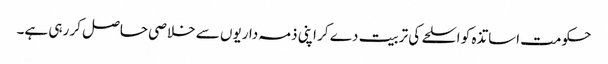
حکومت اساتذہ کو اسلحے کی تربیت دے کر اپنی ذمہ داریوں سے خلاصی حاصل کر رہی ہے۔